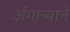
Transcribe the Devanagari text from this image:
अंगाऱ्याने